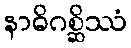
နာဓိဂစ္ဆိဿံ